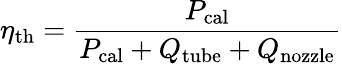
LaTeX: \eta_{\mathrm{th}}=\frac{P_{\mathrm{cal}}}{P_{\mathrm{cal}}+Q_{\mathrm{tube}}+Q_{\mathrm{nozzle}}}